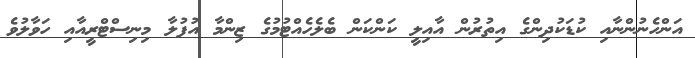
އަންހެނުންނާއި ކުޑަކުދިންގެ އިތުރުން އާއިލީ ކަންކަން ބެލެހެއްޓުމުގެ ޒިންމާ އުފުލާ މިނިސްޓްރީއާއި ހަވާލުވެ